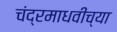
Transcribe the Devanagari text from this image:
चंद्रमाधवीच्या